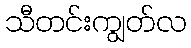
သီတင်းကျွတ်လ